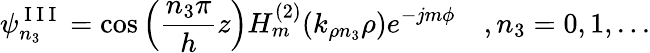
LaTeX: \psi_{n_{3}}^{\mathrm{~I~I~I~}}=\cos\Big(\frac{n_{3}\pi}{h}z\Big)H_{m}^{(2)}(k_{\rho n_{3}}\rho)e^{-jm\phi}\quad,n_{3}=0,1,...